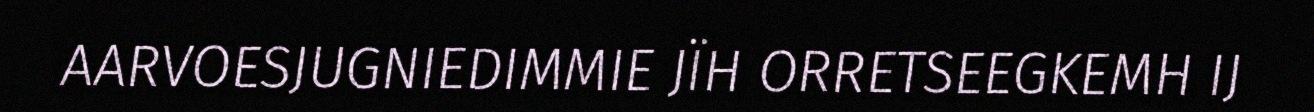
AARVOESJUGNIEDIMMIE JÏH ORRETSEEGKEMH IJ